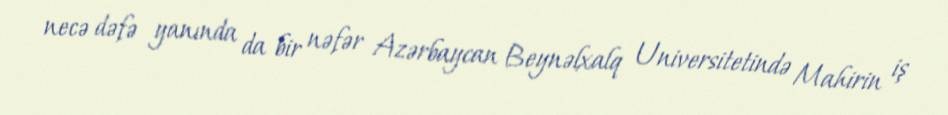
necə dəfə yanında da bir nəfər Azərbaycan Beynəlxalq Universitetində Mahirin iş